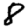
Digit: 8